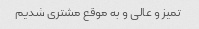
تمیز و عالی و به موقع مشتری شدیم